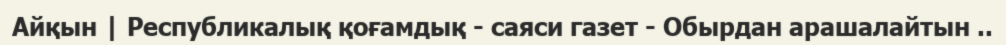
Айқын | Республикалық қоғамдық - саяси газет - Обырдан арашалайтын ..